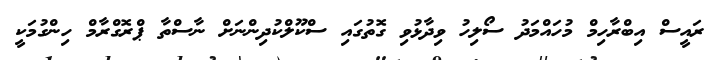
ރައީސް އިބްރާހިމް މުހައްމަދު ސޯލިހު ވިދާޅުވި ގޮތުގައި ސްކޫލްކުދިންނަށް ނާސްތާ ޕްރޮގްރާމް ހިންގުމަކީ